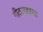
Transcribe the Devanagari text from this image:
गीतारहस्या